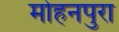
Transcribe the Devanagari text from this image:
मोहनपुरा